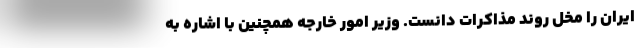
ایران را مخل روند مذاکرات دانست. وزیر امور خارجه همچنین با اشاره به